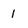
Character: 1